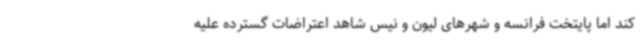
کند اما پایتخت فرانسه و شهرهای لیون و نیس شاهد اعتراضات گسترده علیه